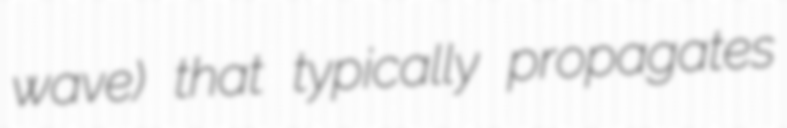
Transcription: wave) that typically propagates